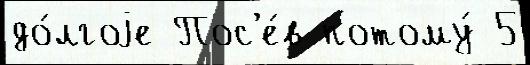
до́лгоjе Пос'е́в потому́ 5